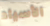
الأسياد